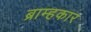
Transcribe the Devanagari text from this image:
ब्राम्हकार